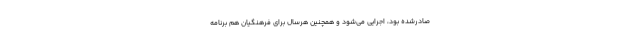
صادرشده بود، اجرایی می‌شود و همچنین هرسال برای فرهنگیان هم برنامه